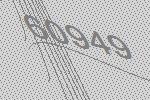
60949